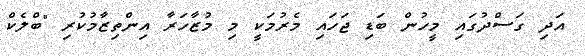
އަދި ގަސްދުގައި މީހުން ބަޑި ޖަހައި މެރުމަކީ މި މުޒާހަރާ އިންތިޒާމުކުރި "ބްލެކް